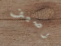
رصيف